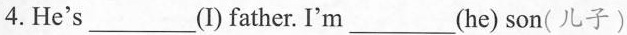
4. He's___(I)father. I'm___(he) son( 儿子).